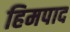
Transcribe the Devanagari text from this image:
हिमपाद